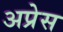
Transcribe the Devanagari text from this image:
अप्रेस